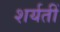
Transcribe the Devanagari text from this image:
शर्यतीं